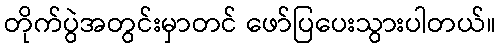
တိုက်ပွဲအတွင်းမှာတင် ဖော်ပြပေးသွားပါတယ်။